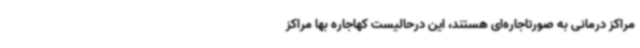
مراکز درمانی به صورتاجاره‌ای هستند، این درحالیست کهاجاره بها مراکز